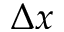
\Delta x